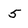
Character: 5